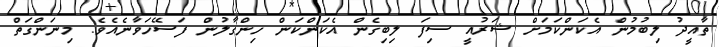
ތާއީދު ލިބުމުން އެކަންކަމަށް ޝަރުއީ ސިފަ ލިބިގެން އެކަންކަން ހިންގާލުން ފަސޭހަވާނެއެވެ. މިނަންގަތް